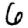
Digit: 6